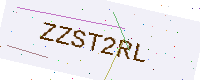
Text: ZZST2RL